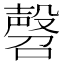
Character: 㲈